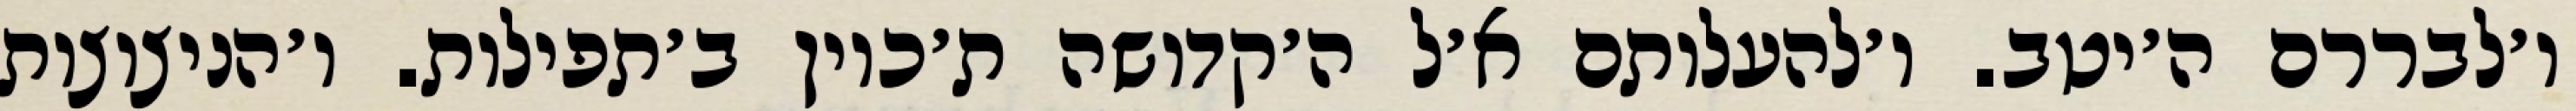
ו׳לבררם ה׳יטב. ו׳להעלותם א׳ל ה׳קדושה ת׳כוין ב׳תפילות. ו׳הניצוצות